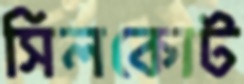
সিলকোট